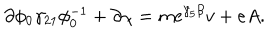
LaTeX: \partial \phi _ { 0 } \gamma _ { 2 1 } \phi _ { 0 } ^ { - 1 } + \partial \chi = m \mathrm { e } ^ { \gamma _ { 5 } \beta } v + e A .